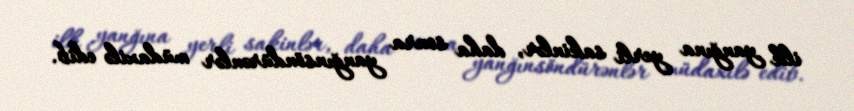
ilk yanğına yerli sakinlər, daha sonra yanğınsöndürənlər müdaxilə edib.